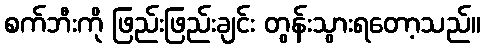
စက်ဘီးကို ဖြည်းဖြည်းချင်း တွန်းသွားရတော့သည်။